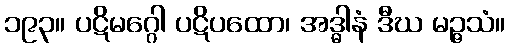
၁၉၃။ ပဋိမဂ္ဂေါ ပဋိပထော၊ အဒ္ဓါနံ ဒီဃ မဉ္ဇသံ။